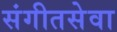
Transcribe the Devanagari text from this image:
संगीतसेवा